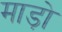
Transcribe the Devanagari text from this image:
माड़ो